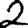
Digit: 2